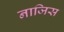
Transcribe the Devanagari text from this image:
नाजिस